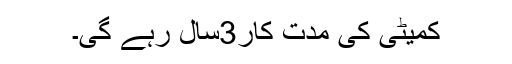
کمیٹی کی مدت کار3سال رہے گی۔